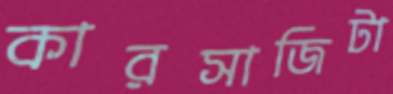
কারসাজিটা